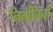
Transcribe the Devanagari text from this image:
निर्मानिनां